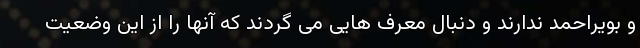
و بویراحمد ندارند و دنبال معرف هایی می گردند که آنها را از این وضعیت